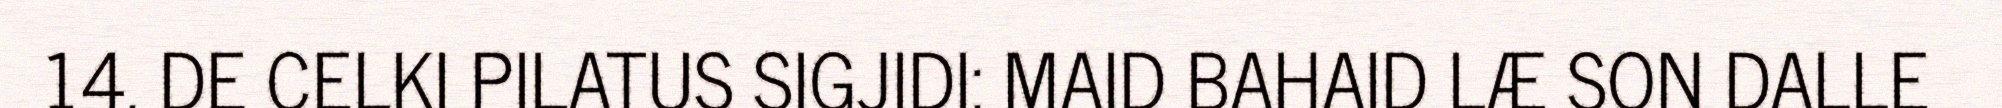
14. DE CELKI PILATUS SIGJIDI: MAID BAHAID LÆ SON DALLE